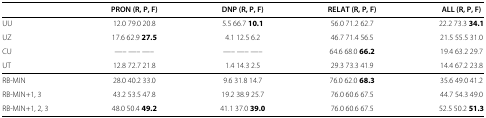
<table><thead><tr><td><b> </b></td><td><b>PRON (R, P, F)</b></td><td><b>DNP (R, P, F)</b></td><td><b>RELAT (R, P, F)</b></td><td><b>ALL (R, P, F)</b></td></tr></thead><tbody><tr><td>UU</td><td>12.0 79.0 20.8</td><td>5.5 66.7 <b>10.1</b></td><td>56.0 71.2 62.7</td><td>22.2 73.3 <b>34.1</b></td></tr><tr><td>UZ</td><td>17.6 62.9 <b>27.5</b></td><td>4.1 12.5 6.2</td><td>46.7 71.4 56.5</td><td>21.5 55.5 31.0</td></tr><tr><td>CU</td><td>—– —– —–</td><td>—– —– —–</td><td>64.6 68.0 <b>66.2</b></td><td>19.4 63.2 29.7</td></tr><tr><td>UT</td><td>12.8 72.7 21.8</td><td>1.4 14.3 2.5</td><td>29.3 73.3 41.9</td><td>14.4 67.2 23.8</td></tr><tr><td>RB-MIN</td><td>28.0 40.2 33.0</td><td>9.6 31.8 14.7</td><td>76.0 62.0 <b>68.3</b></td><td>35.6 49.0 41.2</td></tr><tr><td>RB-MIN+1, 3</td><td>43.2 53.5 47.8</td><td>19.2 38.9 25.7</td><td>76.0 60.6 67.5</td><td>44.7 54.3 49.0</td></tr><tr><td>RB-MIN+1, 2, 3</td><td>48.0 50.4 <b>49.2</b></td><td>41.1 37.0 <b>39.0</b></td><td>76.0 60.6 67.5</td><td>52.5 50.2 <b>51.3</b></td></tr></tbody></table>